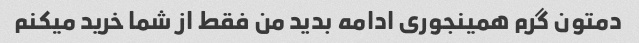
دمتون گرم همینجوری ادامه بدید من فقط از شما خرید میکنم